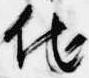
他